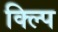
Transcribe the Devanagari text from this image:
क्ल्पि